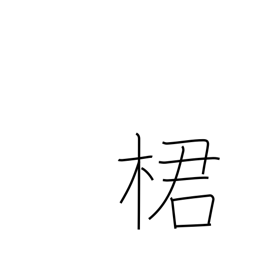
Meaning: type of fruit tree